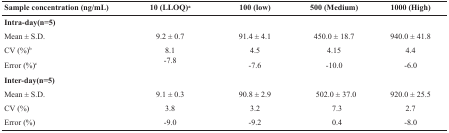
<table><thead><tr><td><b>Sample concentration (ng/mL)</b></td><td><b>10(LLOQ)a</b></td><td><b>100(low)</b></td><td><b>500(Medium)</b></td><td><b>1000(High)</b></td></tr></thead><tbody><tr><td>Intra-day(n=5)</td><td></td><td></td><td></td><td></td></tr><tr><td><b>Mean ± S.D.</b></td><td><b>9.2 ± 0.7</b></td><td><b>91.4 ± 4.1</b></td><td><b>450.0 ± 18.7</b></td><td><b>940.0 ± 41.8</b></td></tr><tr><td><b>CV (%)</b>b</td><td><b>8.1</b></td><td><b>4.5</b></td><td><b>4.15</b></td><td><b>4.4</b></td></tr><tr><td><b>Error (%)</b>c</td><td><b>-7.8</b></td><td><b>-7.6</b></td><td><b>-10.0</b></td><td><b>-6.0</b></td></tr><tr><td>Inter-day(n=5) </td><td></td><td></td><td></td><td></td></tr><tr><td><b>Mean ± S.D.</b></td><td><b>9.1 ± 0.3</b></td><td><b>90.8 ± 2.9</b></td><td><b> 502.0 ± 37.0</b></td><td><b>920.0 ± 25.5</b></td></tr><tr><td><b>CV (%)</b></td><td><b>3.8</b></td><td><b>3.2</b></td><td><b> 7.3</b></td><td><b>2.7</b></td></tr><tr><td><b>Error (%)</b></td><td><b>-9.0</b></td><td><b>-9.2</b></td><td><b> 0.4</b></td><td><b>-8.0</b></td></tr></tbody></table>